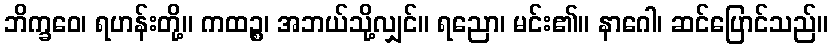
ဘိက္ခဝေ၊ ရဟန်းတို့။ ကထဉ္စ၊ အဘယ်သို့လျှင်။ ရညော၊ မင်း၏။ နာဂေါ၊ ဆင်ပြောင်သည်။